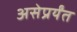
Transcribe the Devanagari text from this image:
असेप्रर्यंत